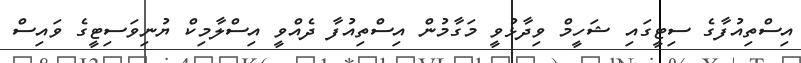
އިސްތިއުފާގެ ސިޓީގައި ޝަހީމް ވިދާޅުވީ މަގާމުން އިސްތިއުފާ ދެއްވީ އިސްލާމިކް ޔުނިވަސިޓީގެ ވައިސް